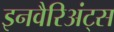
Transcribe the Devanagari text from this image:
इनवैरिअंट्स